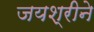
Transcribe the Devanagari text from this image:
जयश्रीने